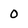
Character: 0